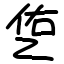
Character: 㐛